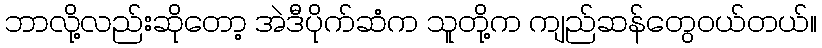
ဘာလို့လည်းဆိုတော့ အဲဒီပိုက်ဆံက သူတို့က ကျည်ဆန်တွေဝယ်တယ်။